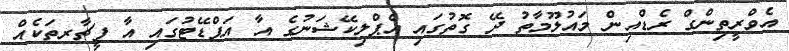
އެވްރީތިންގް ރެޑްއިން މައުލޫމާތު ދޭ ގޮތުގައި އެޕްލިކޭޝަނުގެ އާ އަޕްޑޭޓުގައި އާ ފީޗާރތަކެއް